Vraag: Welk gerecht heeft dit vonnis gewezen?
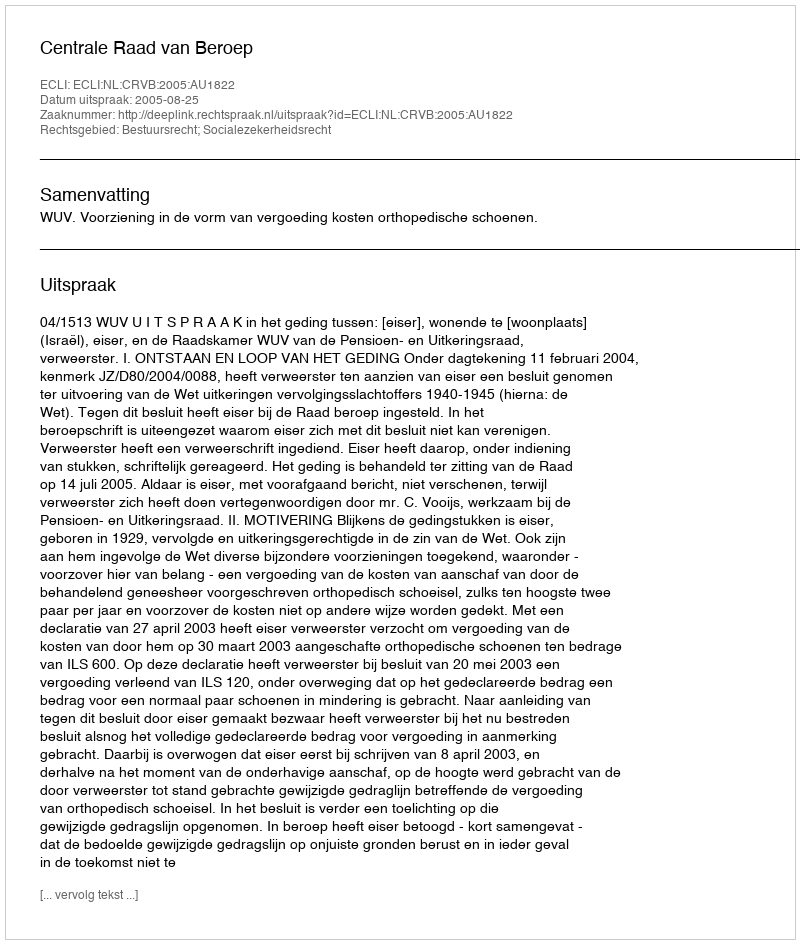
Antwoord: Centrale Raad van Beroep